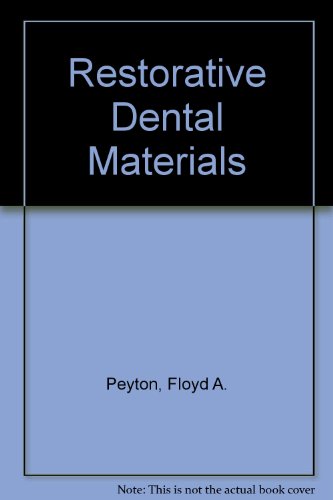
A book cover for Restorative Dental Materials; Medical Books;